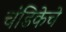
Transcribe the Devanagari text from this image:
चंडिकेचे